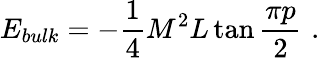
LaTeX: E_{bulk}=-\displaystyle\frac{1}{4}M^{2}L\tan\displaystyle\frac{\pi p}{2}\, \, .